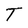
Character: T